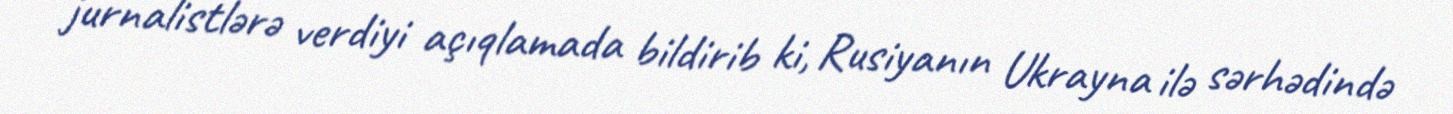
jurnalistlərə verdiyi açıqlamada bildirib ki, Rusiyanın Ukrayna ilə sərhədində